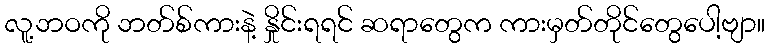
လူ့ဘဝကို ဘတ်စ်ကားနဲ့ နှိုင်းရရင် ဆရာတွေက ကားမှတ်တိုင်တွေပေါ့ဗျာ။